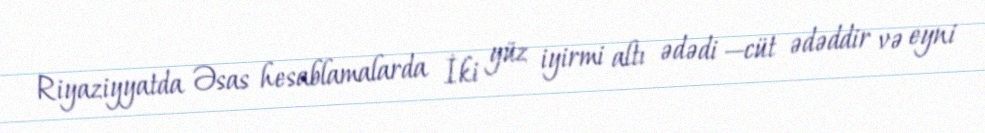
Riyaziyyatda Əsas hesablamalarda İki yüz iyirmi altı ədədi —cüt ədəddir və eyni